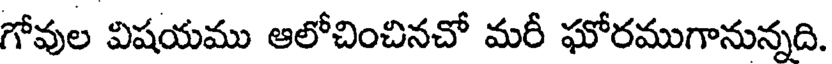
గోవుల విషయము ఆలోచించినచో మరీ ఘోరముగానున్నది.